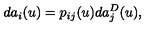
d a _ { i } ( u ) = p _ { i j } ( u ) d a _ { j } ^ { D } ( u ) ,